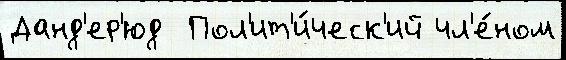
Данд'ер'юд  Пол'ит'и́ческ'ий чл'е́ном